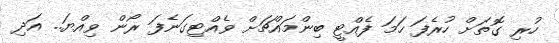
ހުރި ގޮތަށް ހުރެފަ ހަމަ ފެއްޓީ ބިންމައްޗަށް ވެއްޓިގަނެފަ ރޯން ވިއްޔަ.. އަދި